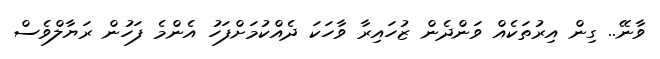
ވާނޭ.. ގިން އިރުތަކެއް ވަންދެން ޒުހައިރާ ވާހަކަ ދެއްކުމަށްފަހު އެންމެ ފަހުން ރަޔާލްވެސް